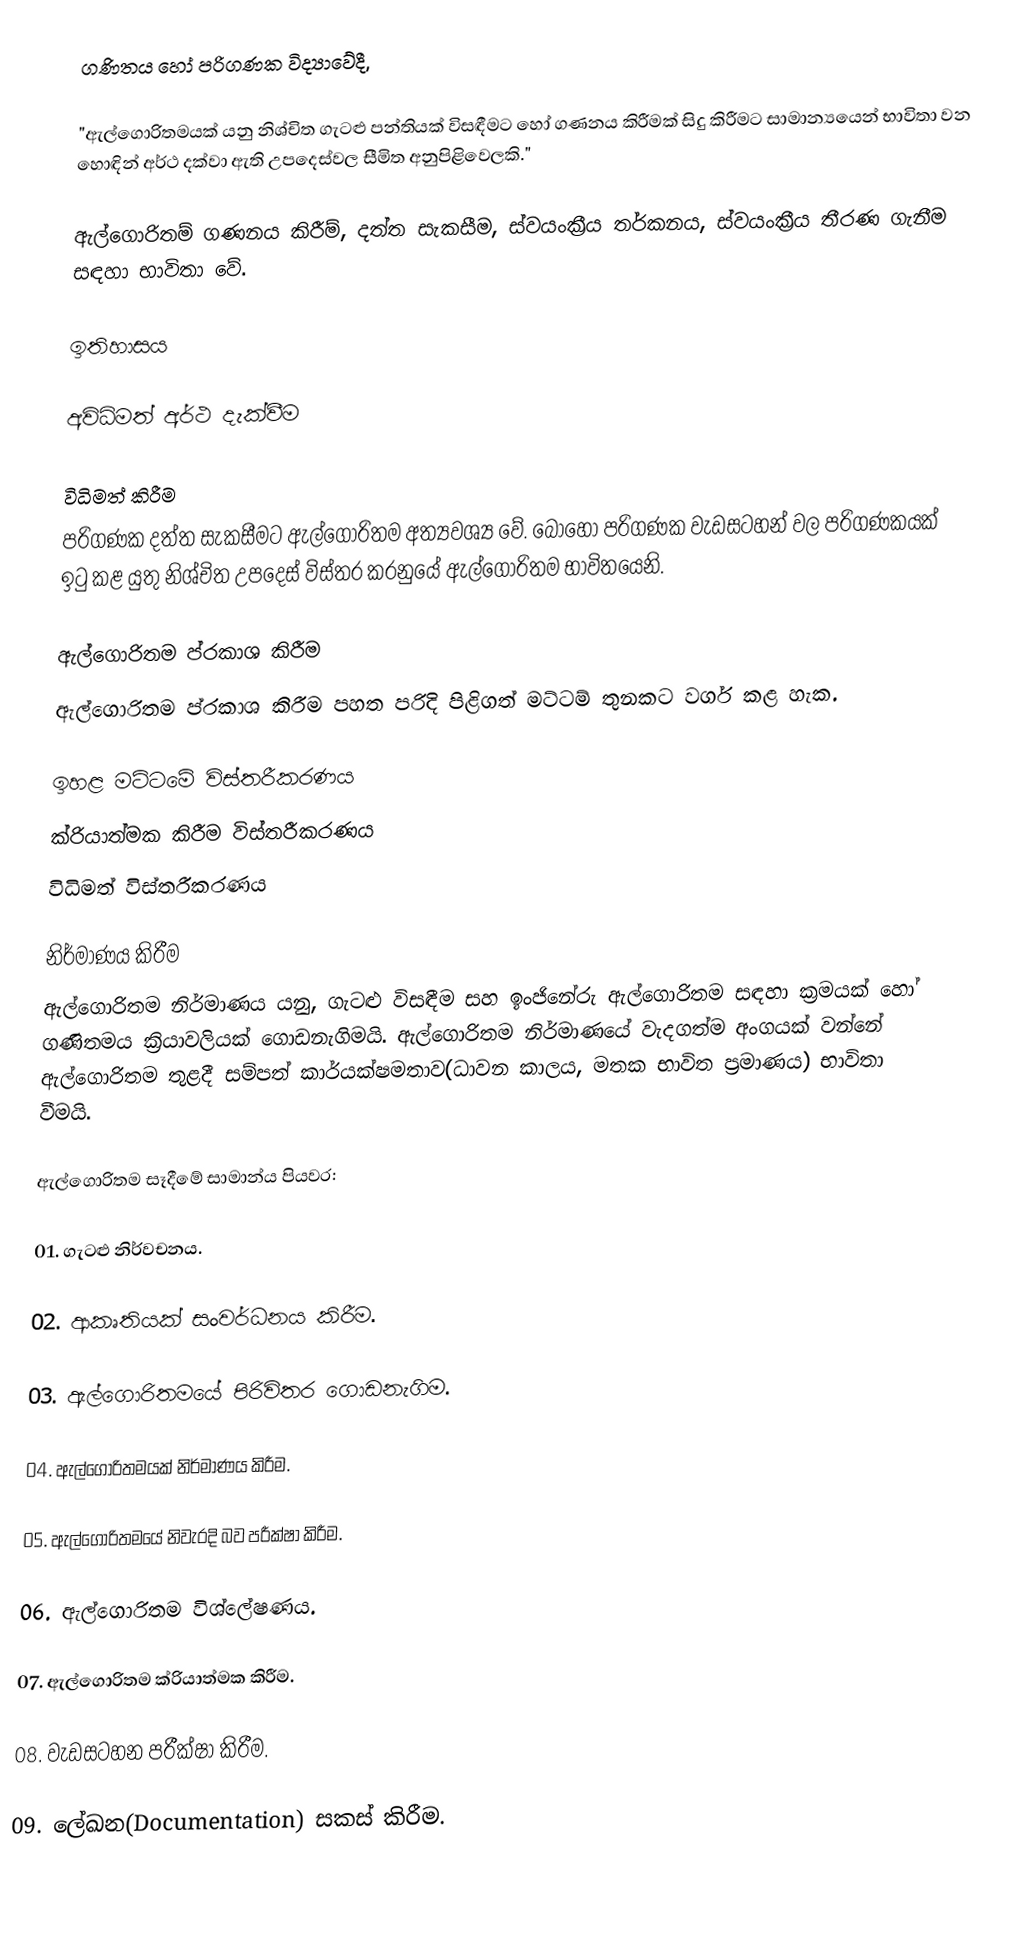
ගණිතය හෝ පරිගණක විද්‍යාවේදී,

"ඇල්ගොරිතමයක් යනු නිශ්චිත ගැටළු පන්තියක් විසඳීමට හෝ ගණනය කිරීමක් සිදු කිරීමට සාමාන්‍යයෙන් භාවිතා වන හොඳින් අර්ථ දක්වා ඇති උපදෙස්වල සීමිත අනුපිළිවෙලකි."

ඇල්ගොරිතම් ගණනය කිරීම්, දත්ත සැකසීම, ස්වයංක්‍රීය තර්කනය, ස්වයංක්‍රීය තීරණ ගැනීම සඳහා භාවිතා වේ.

ඉතිහාසය

අවිධිමත් අර්ථ දැක්වීම

විධිමත් කිරීම
පරිගණක දත්ත සැකසීමට ඇල්ගොරිතම අත්‍යවශ්‍ය වේ. බොහෝ පරිගණක වැඩසටහන් වල පරිගණකයක් ඉටු කළ යුතු නිශ්චිත උපදෙස් විස්තර කරනුයේ ඇල්ගොරිතම භාවිතයෙනි.

ඇල්ගොරිතම ප්රකාශ කිරීම
ඇල්ගොරිතම ප්රකාශ කිරීම පහත පරිදි පිළිගත් මට්ටම් තුනකට වර්ග කළ හැක.

 ඉහළ මට්ටමේ විස්තරීකරණය
 ක්රියාත්මක කිරීම විස්තරීකරණය
 විධිමත් විස්තරීකරණය

නිර්මාණය කිරීම
ඇල්ගොරිතම නිර්මාණය යනු, ගැටළු විසඳීම සහ ඉංජිනේරු ඇල්ගොරිතම සඳහා ක්‍රමයක් හෝ ගණිතමය ක්‍රියාවලියක් ගොඩනැගිමයි. ඇල්ගොරිතම නිර්මාණයේ වැදගත්ම අංගයක් වන්නේ ඇල්ගොරිතම තුළදී සම්පත් කාර්යක්ෂමතාව(ධාවන කාලය, මතක භාවිත ප්‍රමාණය) භාවිතා වීමයි.

ඇල්ගොරිතම සෑදීමේ සාමාන්ය පියවර:

01. ගැටළු නිර්වචනය.

02. ආකෘතියක් සංවර්ධනය කිරීම.

03. ඇල්ගොරිතමයේ පිරිවිතර ගොඩනැගිම.

04. ඇල්ගොරිතමයක් නිර්මාණය කිරීම.

05. ඇල්ගොරිතමයේ නිවැරදි බව පරීක්ෂා කිරීම.

06. ඇල්ගොරිතම විශ්ලේෂණය.

07. ඇල්ගොරිතම ක්රියාත්මක කිරීම.

08. වැඩසටහන පරීක්ෂා කිරීම.

09. ලේඛන(Documentation) සකස් කිරීම.